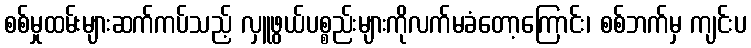
စစ်မှုထမ်းများဆက်ကပ်သည့် လှူဖွယ်ပစ္စည်းများကိုလက်မခံတော့ကြောင်း၊ စစ်ဘက်မှ ကျင်းပ